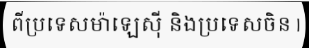
ពីប្រទេសម៉ាឡេស៊ី និងប្រទេសចិន |